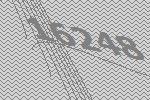
16248